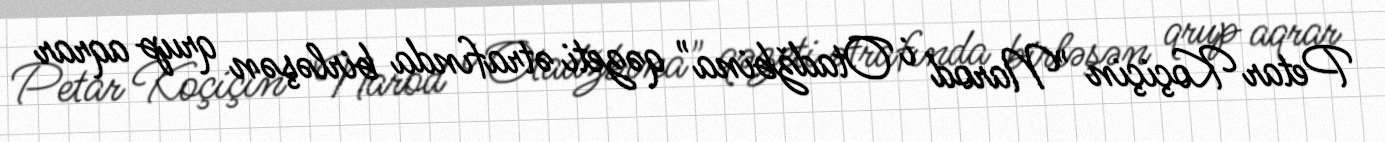
Petar Koçiçin "Narod i Otadžbina" qəzeti ətrafında birləşən qrup aqrar